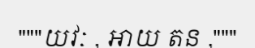
"""យវៈ , អាយ តន ,"""